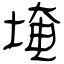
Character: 埯